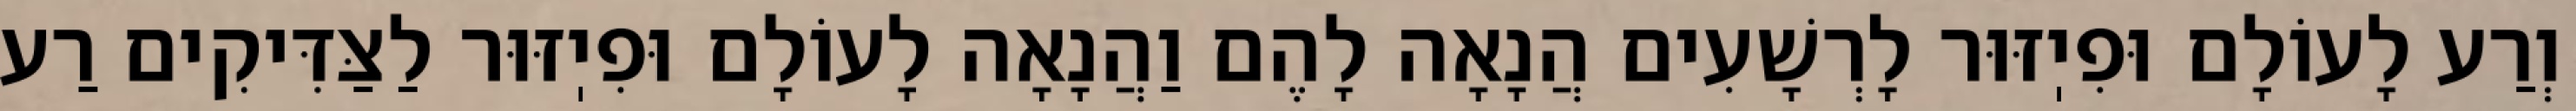
וְרַע לָעוֹלָם וּפִיֽזּוּר לָרְשָׁעִים הֲנָאָה לָהֶם וַהֲנָאָה לָעוֹלָם וּפִיֽזּוּר לַצַּדִּיקִים רַע